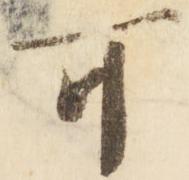
可